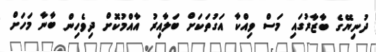
ދުނިޔޭގެ ބާޒާރުގައި މަސް ވިއްކާ އަގުތަކަށް ބަލާއިރު އާއްމުކޮށް ދިވެހިން ބާނާ މަހަށް